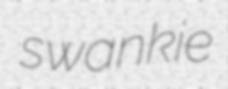
swankie